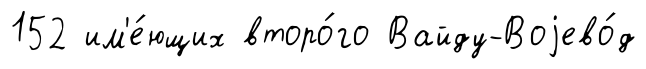
152 им'е́ющих второ́го Вайду-Воjево́д